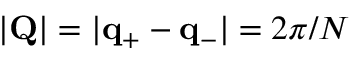
| \mathbf { Q } | = | \mathbf { q } _ { + } - \mathbf { q } _ { - } | = 2 \pi / N